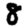
Digit: 8